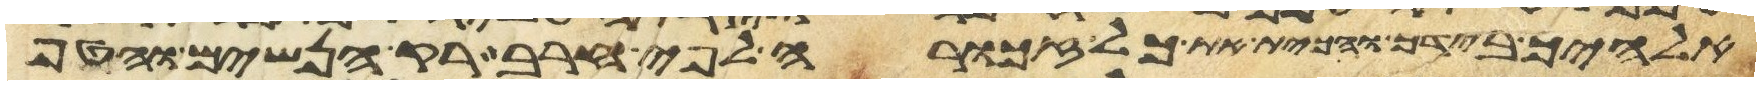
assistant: אלהיך בידך והכית את כל זכורה לפי חרב רק הנשים והטף